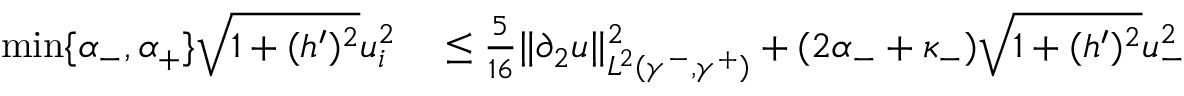
\begin{array} { r l } { \operatorname* { m i n } \lbrace \alpha _ { - } , \alpha _ { + } \rbrace \sqrt { 1 + ( h ^ { \prime } ) ^ { 2 } } u _ { i } ^ { 2 } } & { { } \leq \frac { 5 } { 1 6 } \| \partial _ { 2 } u \| _ { L ^ { 2 } ( \gamma ^ { - } , \gamma ^ { + } ) } ^ { 2 } + ( 2 \alpha _ { - } + \kappa _ { - } ) \sqrt { 1 + ( h ^ { \prime } ) ^ { 2 } } u _ { - } ^ { 2 } } \end{array}